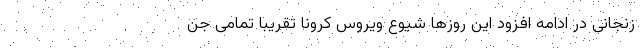
زنجانی در ادامه افزود این روزها شیوع ویروس کرونا تقریباً تمامی جن